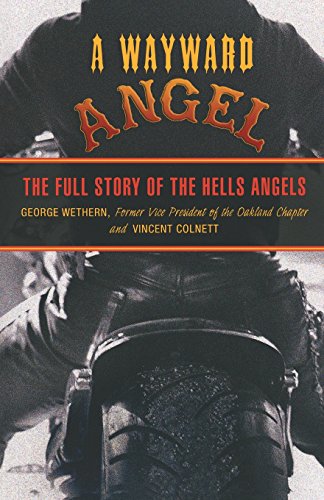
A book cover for Wayward Angel: The Full Story Of The Hells Angels; George Wethern; Biographies & Memoirs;